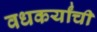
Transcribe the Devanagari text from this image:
वधकर्यांची